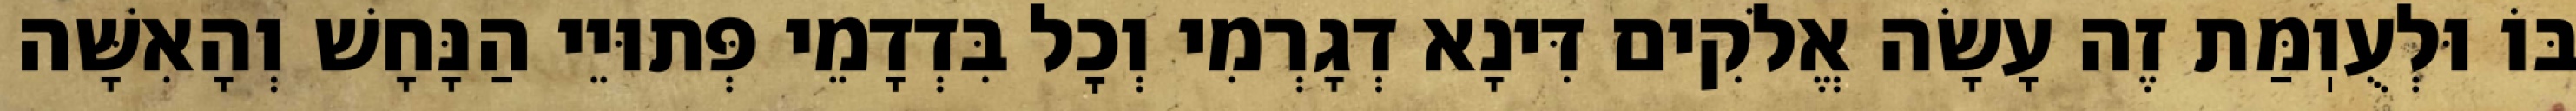
בּוֹ וּלְעֻוֽמַּת זֶה עָשָׂה אֱלֹקִים דִּינָא דְגָרְמִי וְכׇל בִּדְדָמֵי פְּתוּיֵי הַנָּחָשׁ וְהָאִשָּׁה